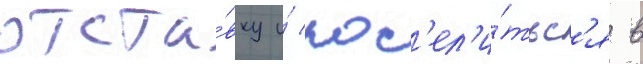
отста́вку и́ пос'ел'и́тьс'я в